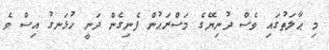
މި ޙާލަތުގައި ވެސް ދުނިޔޭގެ މަސްރަޙުން ފެނިގެން ދަނީ ހުޅަނގު އިސް ވެ